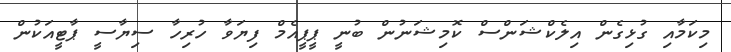
މިކަމާއި ގުޅިގެން އިލެކްޝަންސް ކޮމިޝަނުން ބުނީ ޕީޕީއެމް ފިޔަވާ ހުރިހާ ސިޔާސީ ޕާޓީއަކުން